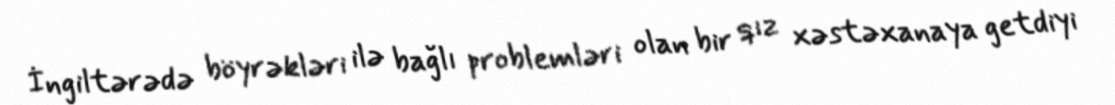
İngiltərədə böyrəkləri ilə bağlı problemləri olan bir qız xəstəxanaya getdiyi